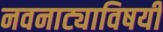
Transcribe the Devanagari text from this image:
नवनाट्याविषयी